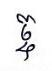
ច្ច